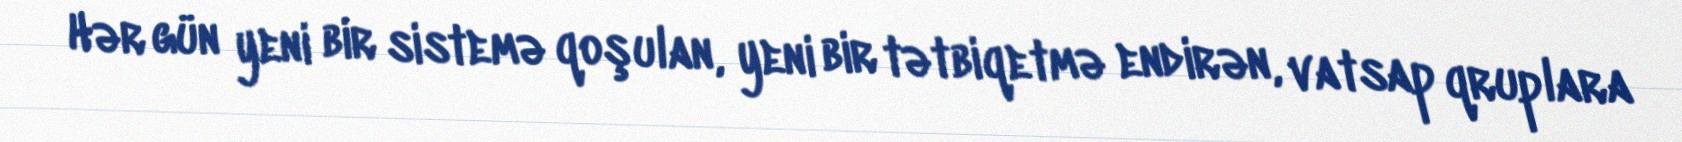
Hər gün yeni bir sistemə qoşulan, yeni bir tətbiqetmə endirən, vatsap qruplara